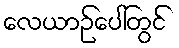
လေယာဉ်ပေါ်တွင်